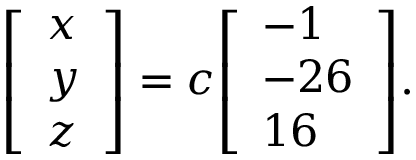
{ \left[ \begin{array} { l } { x } \\ { y } \\ { z } \end{array} \right] } = c { \left[ \begin{array} { l } { - 1 } \\ { - 2 6 } \\ { 1 6 } \end{array} \right] } .